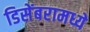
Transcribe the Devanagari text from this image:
डिसेंबरामध्ये